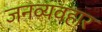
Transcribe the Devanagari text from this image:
जनव्यवहार